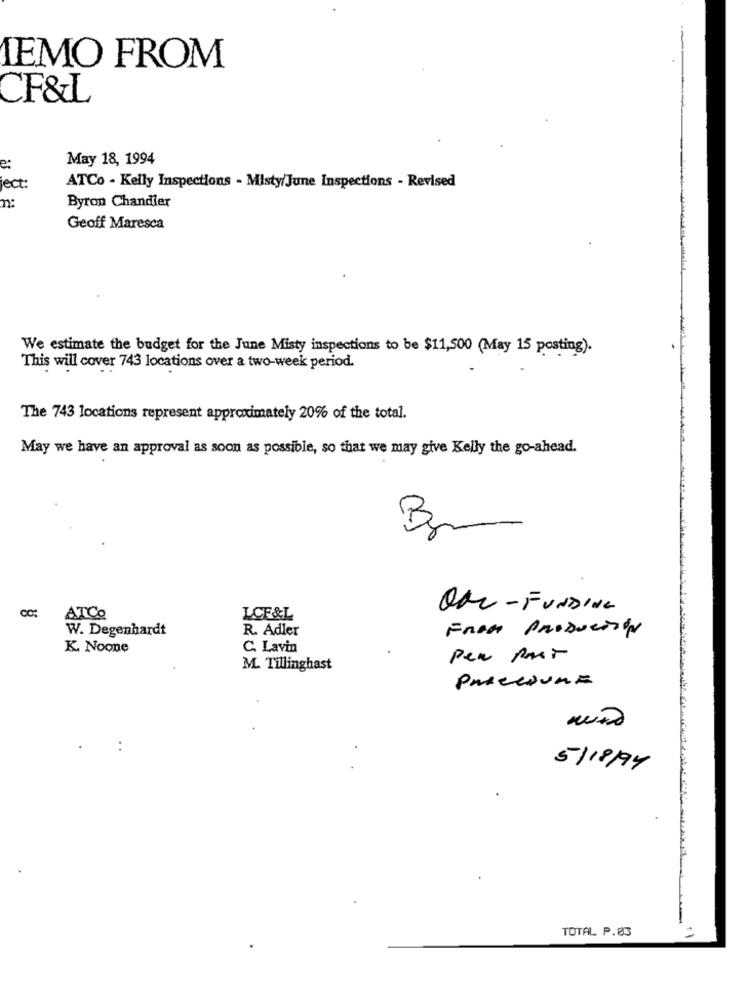
1EMO FROM
CF&L
May 18, 1994
e:
ject:
ATCo - Kelly Inspections - Misty/June Inspections - Revised
Byron Chandler
2:
Geoff Maresca
We estimate the budget for the June Misty inspections to be $11,500 (May 15 posting).
This will cover 743 locations over a two-week period.
The 743 locations represent approximately 20% of the total.
May we have an approval as soon as possible, so that we may give Kelly the go-ahead.
B
QUI- FUNDING
ATCO
LCF&L
W. Degenhardt
R. Adler
From Production
K. Noone
C. Lavin
Per por
M. Tillinghast
PROCEDURE
5/18/94
TOTAL P.03